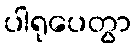
ပါရုပေတွာ